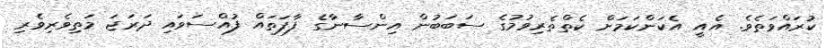
ކުރައްވަތެވެ. އެއީ އެކަންކަމަށް ކެތްތެރިވުމުގެ ސަބަބުން އިންސާނާގެ ފާފަތައް ފުއްސަވައި ދަރަޖަ މަތިވެރިވެރި